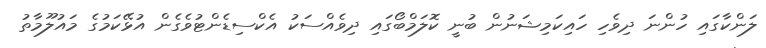
ލަންކާގައި ހުންނަ ދިވެހި ހައިކަމިޝަނުން ބުނީ ކޮލަމްބޯގައި ދިވެއްސަކު އެކްސިޑެންޓުވެގެން އުޅޭކަމުގެ މައުލޫމާތު